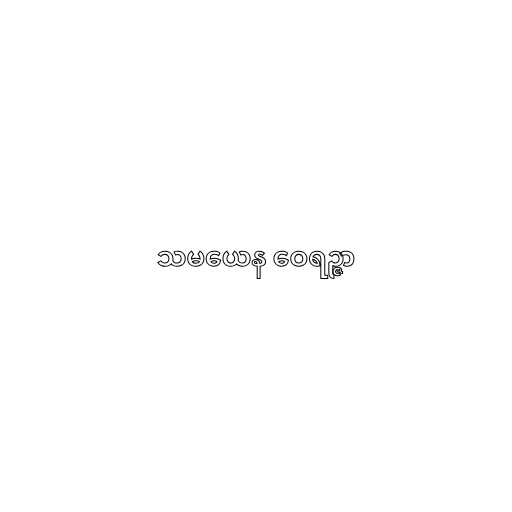
သမယေန ဝေရဉ္ဇာ